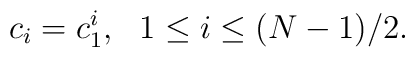
c_i=c_1^i,\ \ 1\leq i\leq (N-1)/2.